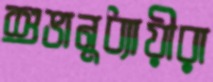
শুভানুধ্যায়ীরা